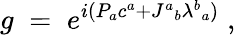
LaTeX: g\; =\; e^{i(P_{a}c^{a}+J^{a}{}_{b}\lambda^{b}{}_{a})}\; ,